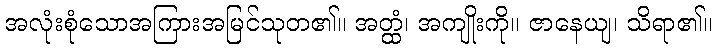
အလုံးစုံသောအကြားအမြင်သုတ၏။ အတ္ထံ၊ အကျိုးကို။ ဇာနေယျ၊ သိရာ၏။